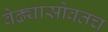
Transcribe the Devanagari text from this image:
वेढ्यासोबतच